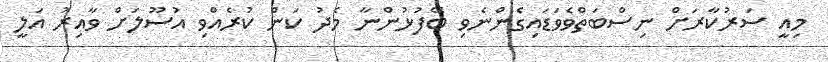
މިއީ ސަރުކާރަށް ނިސްބަތްވެވަޑައިގެންނެވި ބޭފުޅުންނާ މެދު ކަން ކުރެއްވި އުސޫލަށް ވާއިރު އަލީ